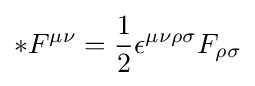
*F^{\mu \nu }={\frac {1}{2}}\epsilon ^{\mu \nu \rho \sigma }F_{\rho \sigma }